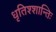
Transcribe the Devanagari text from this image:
धृतिश्शान्तिः